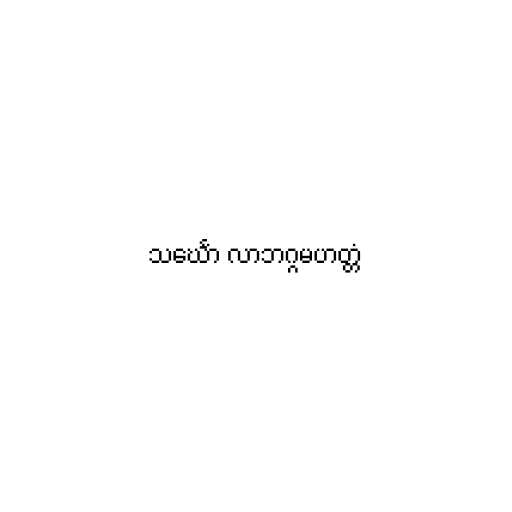
သင်္ဃော လာဘဂ္ဂမဟတ္တံ